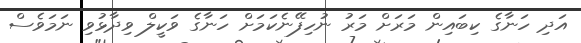
އަދި ހަނާގެ ކިބައިން މަރަށް މަރު ނުހިފޭނެކަމަށް ހަނާގެ ވަކީލް ވިދާޅުވި ނަމަވެސް